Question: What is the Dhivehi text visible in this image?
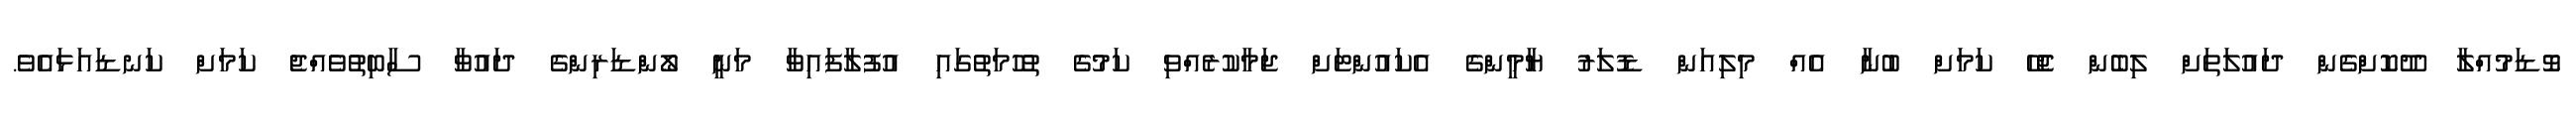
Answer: ވޮޑަމުއްލާ ދޫކޮށްގެން ދައުލަތަށް ލިބެން ޖެހޭ ކަމަށް ބުނާ އެއް މިލިއަން ޑޮލަރު ޔާމީންގެ އެކައުންޓަށް ޖަމާކުރެއްވި ކަމުގެ ތުހުމަތުގައި އުފުލާފައިވާ މަނީ ލޯންޑަރިންގެ ދައުވާ ސާބިތުވެއްޖެ ކަމަށް ކަނޑައަޅައެވެ.